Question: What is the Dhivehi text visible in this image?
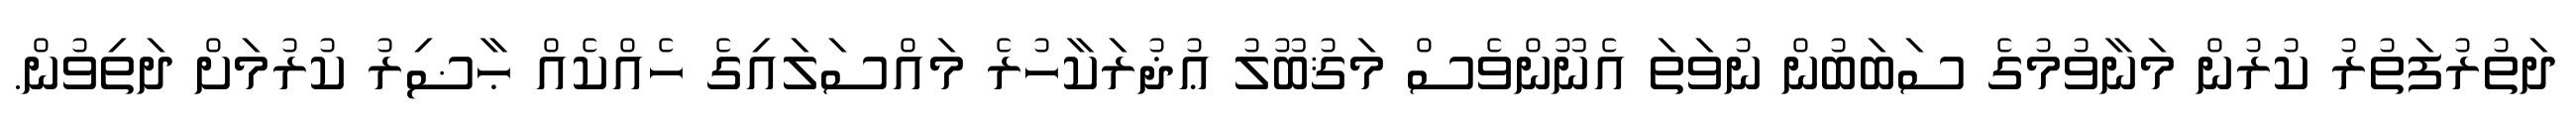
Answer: ދަތުރުފަތުރު ކުރުން މަނާވުމުގެ ސަބަބުން ނުވަތަ އެނޫންވެސް މަޤުބޫލު ޢުޛުރަކާހުރެ މައްސަލައިގެ ހެއްކެއް ޙާޟިރު ކުރުމަށް ދަތިވުން.